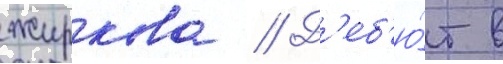
жиркова // Д'еб'ю́т в